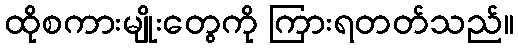
ထိုစကားမျိုးတွေကို ကြားရတတ်သည်။